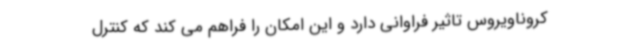
کروناویروس تاثیر فراوانی دارد و این امکان را فراهم می کند که کنترل